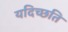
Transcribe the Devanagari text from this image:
यदिच्छति